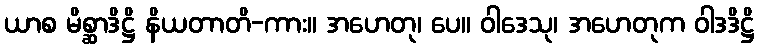
ယာစ မိစ္ဆာဒိဋ္ဌိ နိယတာတိ-ကား။ အဟေတု၊ ပေ။ ဝါဒေသု၊ အဟေတုက ဝါဒဒိဋ္ဌိ